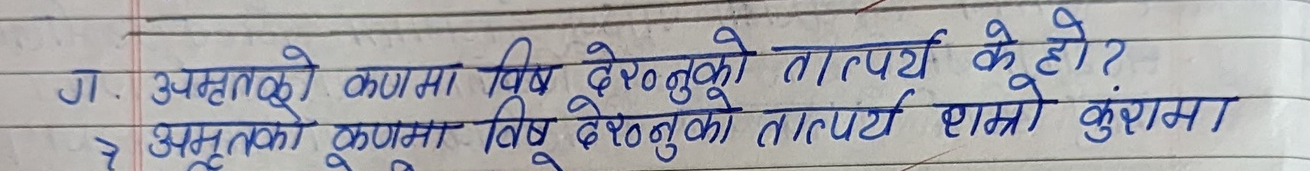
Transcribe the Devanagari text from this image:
ग. अमृतको कणमा विष छेड्नुको तात्पर्य के हो ?
रे अमृतको कणमा विष छेड्नुको तात्पर्य राम्रो कुरामा